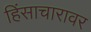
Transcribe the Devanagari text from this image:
हिंसाचारावर